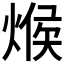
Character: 𪹍